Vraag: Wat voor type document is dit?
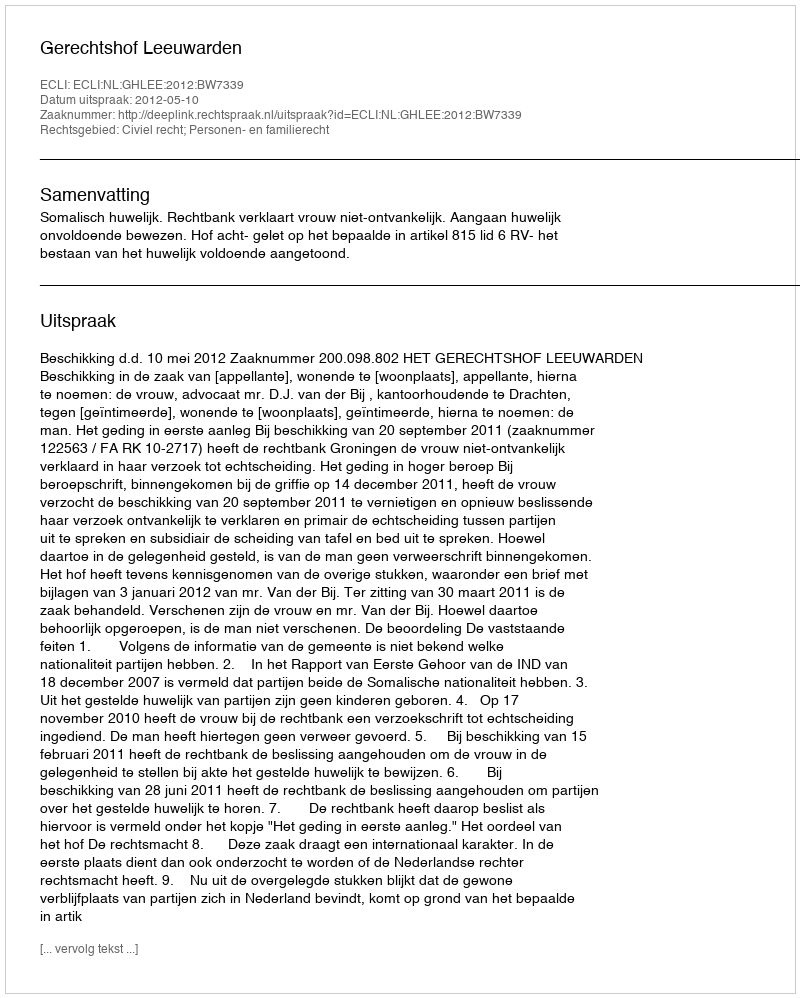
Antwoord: Uitspraak